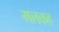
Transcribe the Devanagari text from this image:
मलकह